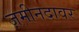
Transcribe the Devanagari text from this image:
ज़मीनदावर